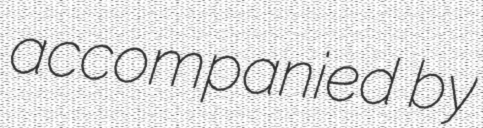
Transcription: accompanied by